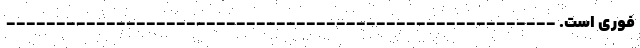
فوری است. -------------------------------------------------------